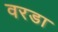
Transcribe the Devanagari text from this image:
वरडा